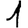
Digit: 1